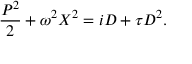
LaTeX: \frac { P ^ { 2 } } { 2 } + \omega ^ { 2 } X ^ { 2 } = i D + \tau D ^ { 2 } .